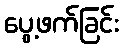
ပွေ့ဖက်ခြင်း